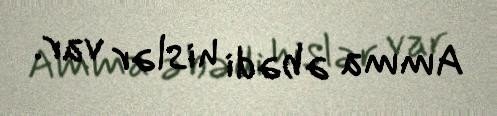
Amma əbədi hislər var.